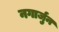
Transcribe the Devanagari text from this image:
नगार्जुन